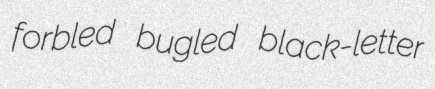
forbled bugled black-letter